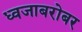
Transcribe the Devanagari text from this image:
ध्वजाबरोबर